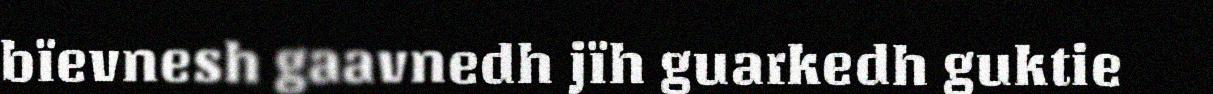
bïevnesh gaavnedh jïh guarkedh guktie